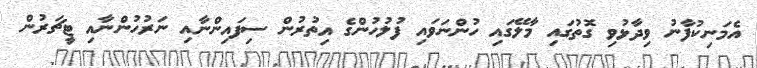
އެމަނިކުފާނު ވިދާޅުވި ގޮތުގައި މާލޭގައި ހުންނަވައި ފުލުހުންގެ އިތުރުން ސިފައިންނާއި ނަރުހުންނާއި ޓީޗަރުން